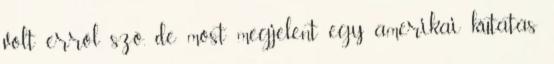
volt erről szó, de most megjelent egy amerikai kutatás